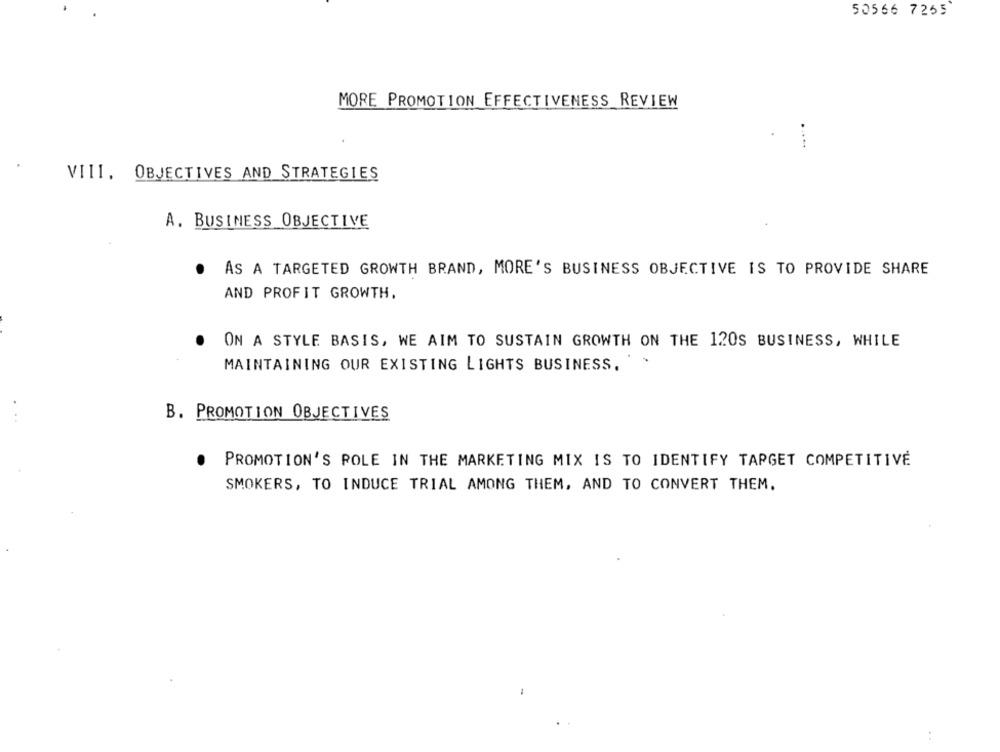
50566 7255
MORE PROMOTION EFFECTIVENESS REVIEW
......
VIII. OBJECTIVES AND STRATEGIES
A. BUSINESS OBJECTIVE
.
AS A TARGETED GROWTH BRAND, MORE'S BUSINESS OBJECTIVE IS TO PROVIDE SHARE
AND PROFIT GROWTH.
ON A STYLE BASIS, WE AIM TO SUSTAIN GROWTH ON THE 120S BUSINESS, WHILE
MAINTAINING OUR EXISTING LIGHTS BUSINESS.
B. PROMOTION OBJECTIVES
PROMOTION'S POLE IN THE MARKETING MIX IS TO IDENTIFY TARGET COMPETITIVE
SMOKERS, TO INDUCE TRIAL AMONG THEM, AND TO CONVERT THEM.
-